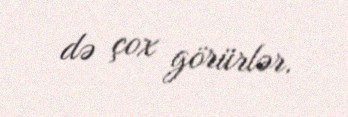
də çox görürlər.